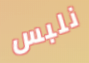
نلبس